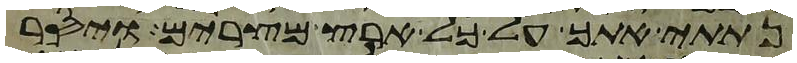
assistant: נתתי אתך על כל ארץ מצרים ויסר